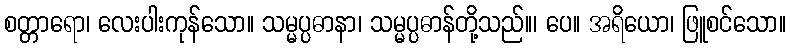
စတ္တာရော၊ လေးပါးကုန်သော။ သမ္မပ္ပဓာနာ၊ သမ္မပ္ပဓာန်တို့သည်။၊ ပေ။ အရိယော၊ ဖြူစင်သော။